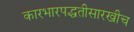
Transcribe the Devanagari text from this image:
कारभारपद्धतीसारखीच